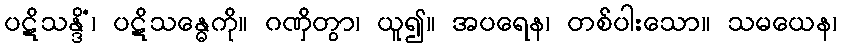
ပဋိသန္ဒိံ၊ ပဋိသန္ဓေကို။ ဂဏှိတွာ၊ ယူ၍။ အပရေန၊ တစ်ပါးသော။ သမယေန၊